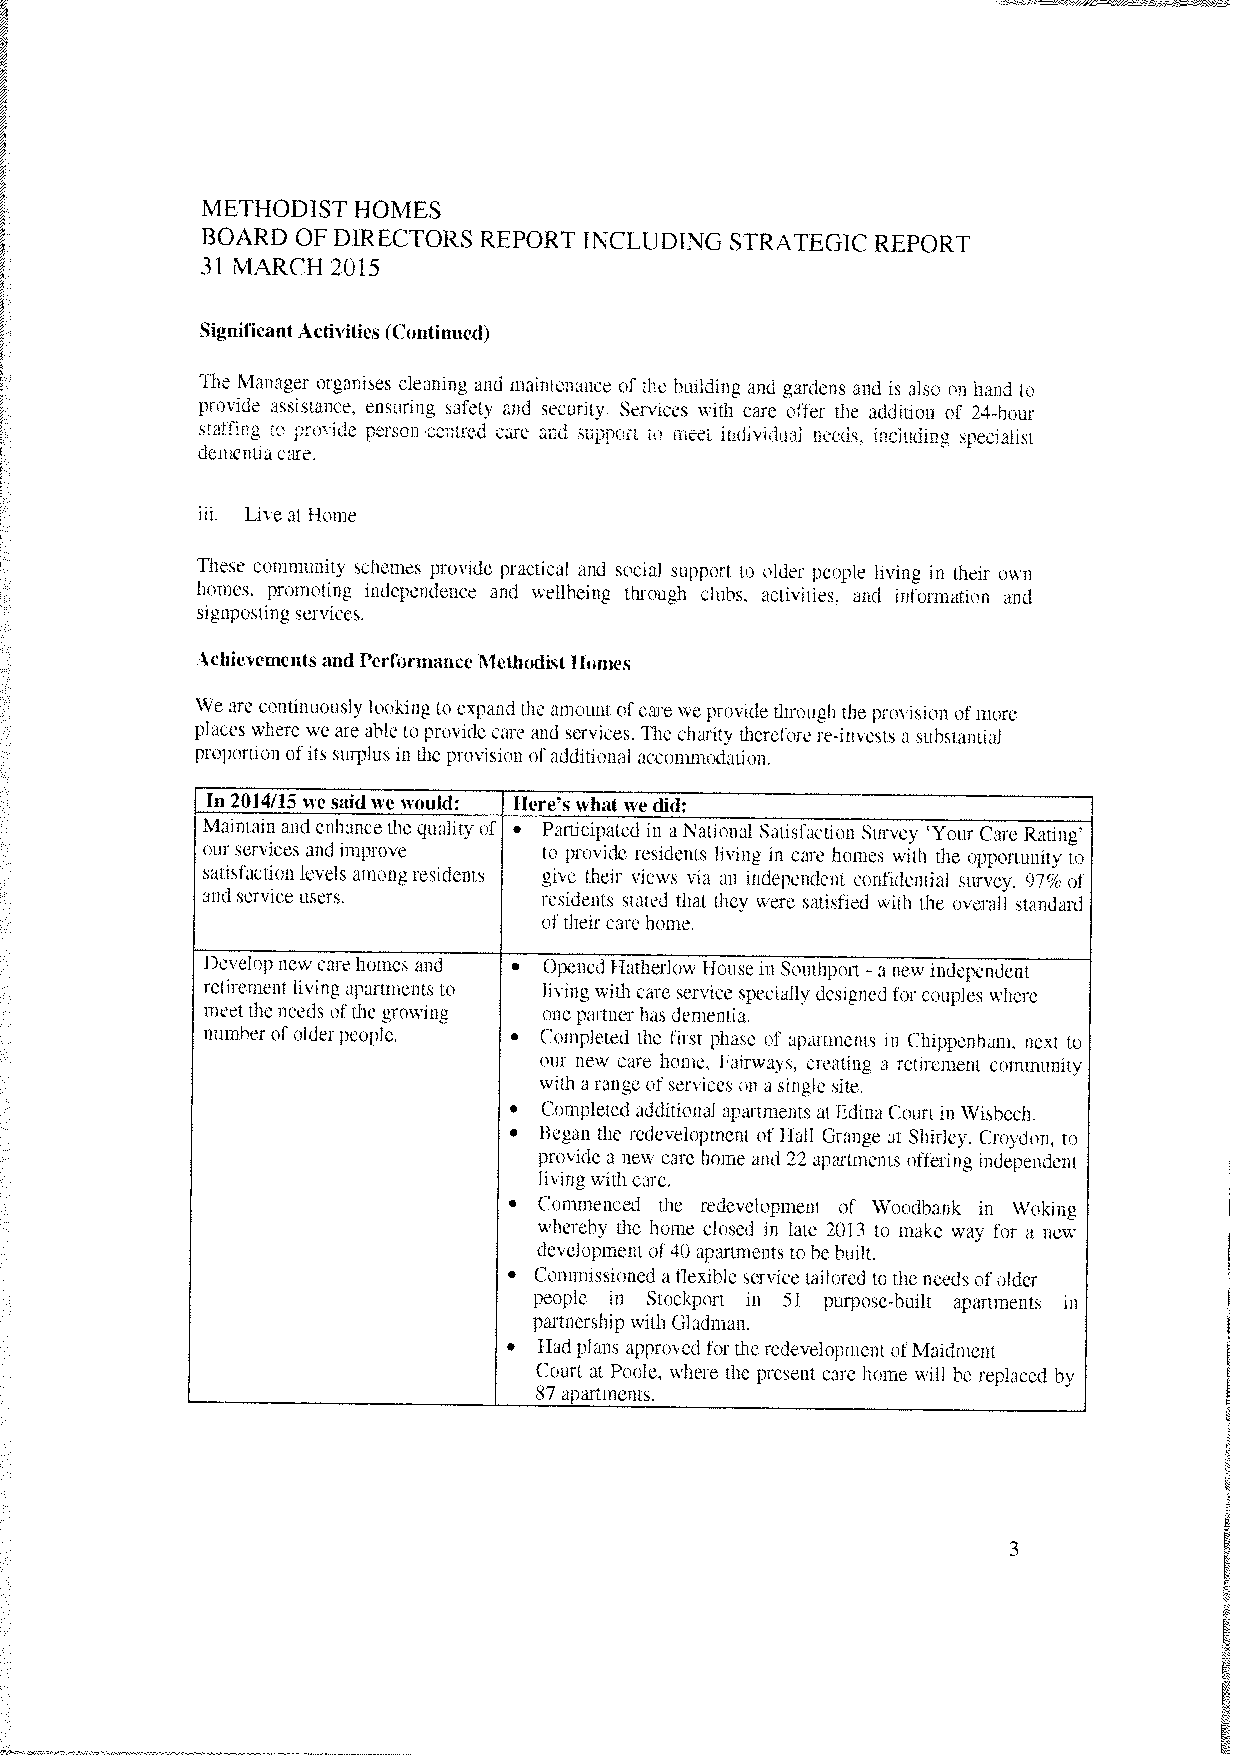
METHODIST HOMES
 BOARD  OF DIRECTORS REPORT INCLUDING STRATEGIC REPORT
 31 MARCH 2015
 Significant Activities (Continued
 The Manager organises cleaning and maintenance of the building and gardens and is also on hand to
 provide assistance, ensuring safety and security. Sersices with care offer the addition of 24-hour
 staffing to preside persemeentrcd care and support h meet rndiidual needs. rnciuding specialist
 dementiacare.
 iii. Live at Home
 These community schemes provide practical and social support to older people living in their own
 homes, promoting independence and wellbeing through clubs, activities, and information and
 signposting services.
 Achiccmentsand PerformanceMethodist homes
 We are continuously lookingtoexpandthe amount ofcare weprovidethrough the provision ofmore
 places where weare abletoprovide care and sersices. The charity therefore re-insests a substantial
 proportion ofits surplus in the prosision ofadditional accommodation.
 In 2014/15 wesaidwe would: Here’swhatwedid:
 Maintain andenhancethe quality of • Participated in a National Satisfaction Survey ‘Your Care Rating’
 ourservices and improve to provide residents living in care homes with the opportunity to
 satisfaction levels among residents give their siews sia an independent confidential survey. 97 of
 and service users.     residents stated that they were satisfied with the overall standard
 oftheir carehome
 Deselop new care homes and • Opened Ilatherlow house in Souihport a new independent
 retirement living apartments to living with care service specially design- ed for couples where
 meetthe needs ofthegrowing one partnerhasdementia.
 number ofolderpeople. • Completed the first phase of apartments in Chippenham. next to
 our new care home. Fairways. creating a retirement community
 with a range ofservices on a single site.
 • Completed additional apartments atEdinaCourtin Wishech,
 • Began the redevelopment of Hall Grange at Shirley. Croydon, to
 provide a new care home and 22 apartments offering independent
 living withcare.
 • Commenced the redevelopment of Woodbank in Woking
 whereby the home closed in late 2013 to make way for a new
 development of40 apartments tohebuilt.
 • Commissioned a flexible sersice tailored to the needs ofolder
 people in Stockport in 51 purpose—built apartments in
 partnershipwith Gladman.
 • Had plans approved forthe redeselopment ofMaidment
 Court at Poole. where the present care home ill be replaced by
 87 apartments.
 3